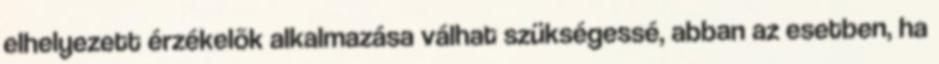
elhelyezett érzékelõk alkalmazása válhat szükségessé, abban az esetben, ha